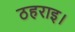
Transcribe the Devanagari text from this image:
ठहराइ।